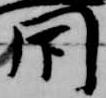
閇